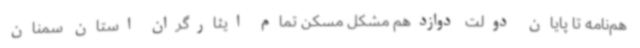
هم‌نامه تا پایان دولت دوازدهم مشکل مسکن تمام ایثارگران استان سمنان